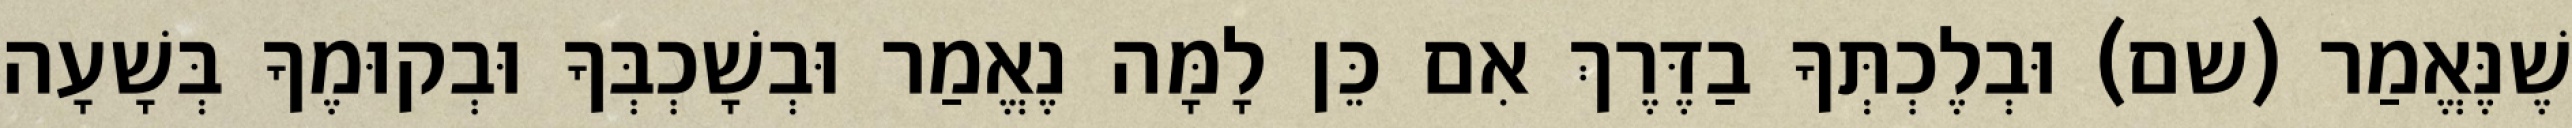
שֶׁנֶּאֱמַר (שם) וּבְלֶכְתְּךָ בַדֶּרֶךְ אִם כֵּן לָמָּה נֶאֱמַר וּבְשָׁכְבְּךָ וּבְקוּמֶךָ בְּשָׁעָה